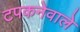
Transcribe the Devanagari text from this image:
टपकनेवाले